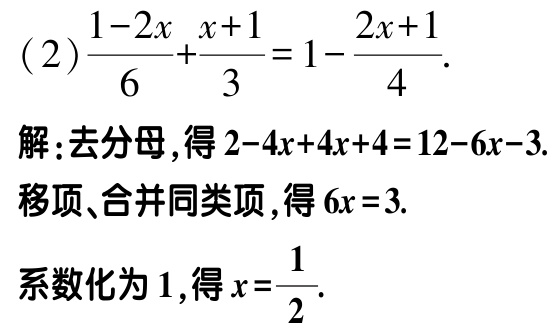
(2)$\frac{1 - 2x}{6} + \frac{x + 1}{3} = 1 - \frac{2x + 1}{4}$.

解:去分母,得$2 - 4x + 4x + 4 = 12 - 6x - 3$.

移项、合并同类项,得$6x = 3$.

系数化为$1$,得$x = \frac{1}{2}$.